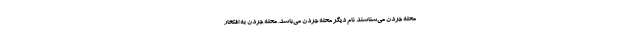
محله جردن می‌شناسند نام ديگر محله جردن می‌باشد. محله جردن به افتخار